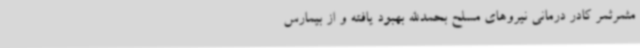
مثمرثمر کادر درمانی نیروهای مسلح بحمدالله بهبود یافته و از بیمارس